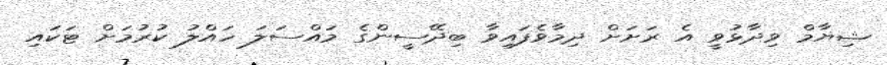
ޝިޔާމް ވިދާޅުވީ އެ ރަށަށް ދިމާވެފައިވާ ބިދޭސީންގެ މައްސަލަ ހައްލު ކުރުމަށް ޓަކައި